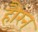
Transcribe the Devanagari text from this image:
हौरन